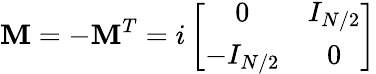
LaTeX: \mathbf{M}=-\mathbf{M}^{T}=i\left[\begin{array}{cc}{{0}}&{{I_{N/2}}}\\ {{-I_{N/2}}}&{{0}}\end{array}\right]